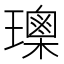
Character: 𤪒